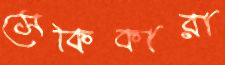
সেকিকারা